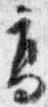
高